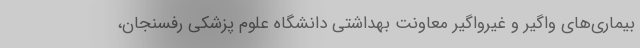
بیماری‌های واگیر و غیرواگیر معاونت بهداشتی دانشگاه علوم پزشکی رفسنجان،